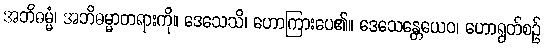
အဘိဓမ္မံ၊ အဘိဓမ္မာတရားကို။ ဒေသေသိ၊ ဟောကြားပေ၏။ ဒေသေန္တေယေဝ၊ ဟောရွတ်စဉ်